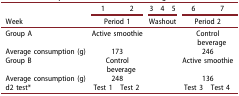
<table><thead><tr><td><b> </b></td><td><b>1</b></td><td><b>2</b></td><td><b>3</b></td><td><b>4</b></td><td><b>5</b></td><td><b>6</b></td><td><b>7</b></td></tr><tr><td><b>Week</b></td><td colspan="2"><b>Period 1</b></td><td colspan="3"><b>Washout</b></td><td colspan="2"><b>Period 2</b></td></tr></thead><tbody><tr><td>Group A</td><td colspan="2">Active smoothie</td><td colspan="3"> </td><td colspan="2">Control beverage</td></tr><tr><td>Average consumption (g)</td><td colspan="2">173</td><td colspan="3"> </td><td colspan="2">246</td></tr><tr><td>Group B</td><td colspan="2">Control beverage</td><td colspan="3"> </td><td colspan="2">Active smoothie</td></tr><tr><td>Average consumption (g)</td><td colspan="2">248</td><td colspan="3"> </td><td colspan="2">136</td></tr><tr><td>d2 test*</td><td>Test 1</td><td>Test 2</td><td colspan="3"> </td><td>Test 3</td><td>Test 4</td></tr></tbody></table>